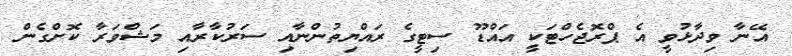
އޭނާ ވިދާޅުވީ އެ ޕްރޮޖެހްޓަކީ އައްޑޫ ސިޓީގެ ރައްޔިތުންނާއި ސަރުކާރާއި މަޝްވަރާ ކޮށްގެން